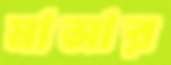
মাসার